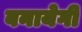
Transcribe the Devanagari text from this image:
बनायेगी